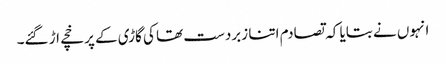
انہوں نے بتایا کہ تصادم اتنا زبردست تھا کی گاڑی کے پرخچے اڑ گئے۔